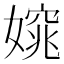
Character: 𡡃